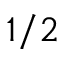
1 / 2